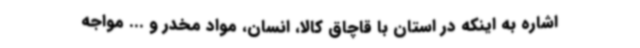
اشاره به اینکه در استان با قاچاق کالا، انسان، مواد مخدر و ... مواجه